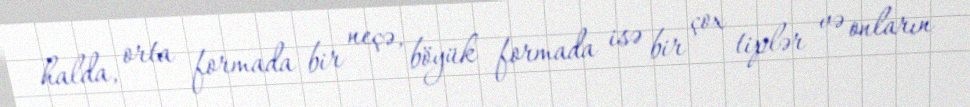
halda, orta formada bir neçə, böyük formada isə bir çox tiplər və onların